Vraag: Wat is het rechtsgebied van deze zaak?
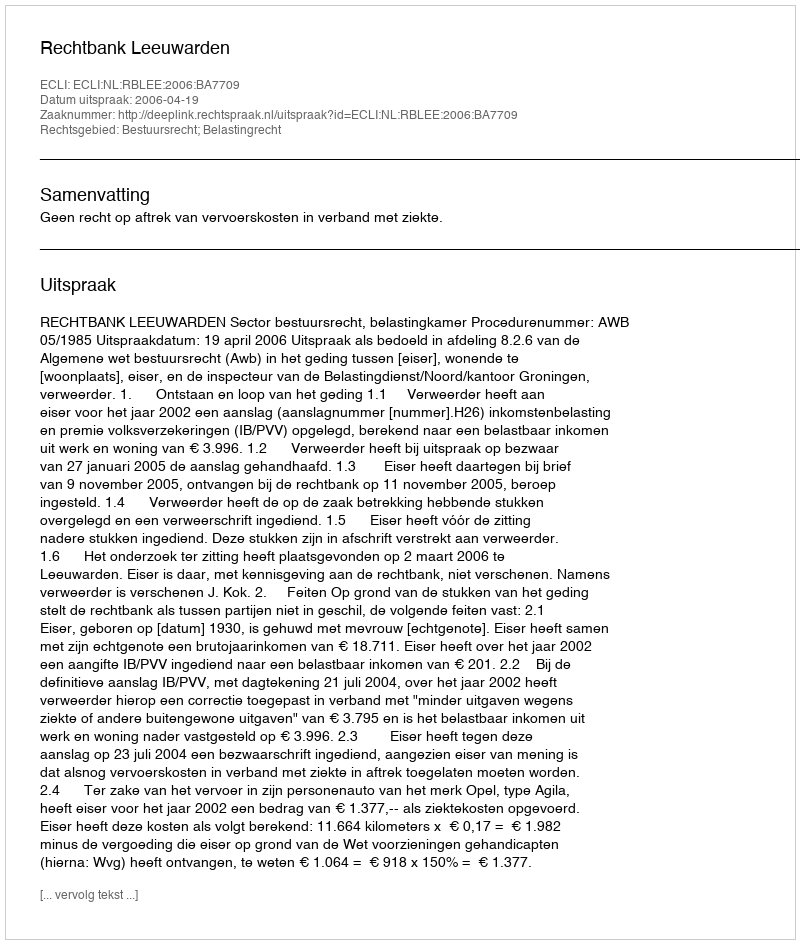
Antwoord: Bestuursrecht; Belastingrecht